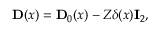
\begin{array} { r } { \ensuremath { \mathbf { D } } ( x ) = \ensuremath { \mathbf { D } } _ { 0 } ( x ) - Z \delta ( x ) \ensuremath { \mathbf { I } } _ { 2 } , } \end{array}